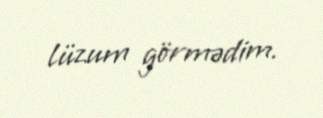
lüzum görmədim.